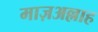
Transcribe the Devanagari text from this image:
माज़अल्लाह